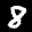
Label: 8